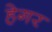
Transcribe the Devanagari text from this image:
हेगर